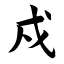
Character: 戍